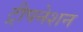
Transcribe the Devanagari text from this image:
ट्रीपनेशन